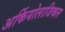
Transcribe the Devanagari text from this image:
अर्कियोलाजिकल